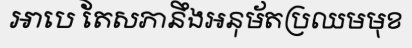
អាបេ តែសភានឹងអនុម័តប្រឈមមុខ